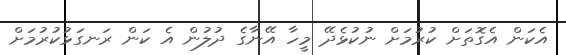
އެކަން އެގޮތަށް ކުރުމަށް ނުކުޅެދޭ މީހާ އޭނާގެ ދުލުން އެ ކަން ރަނގަޅުކުރުމަށް